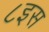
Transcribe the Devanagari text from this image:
८इस